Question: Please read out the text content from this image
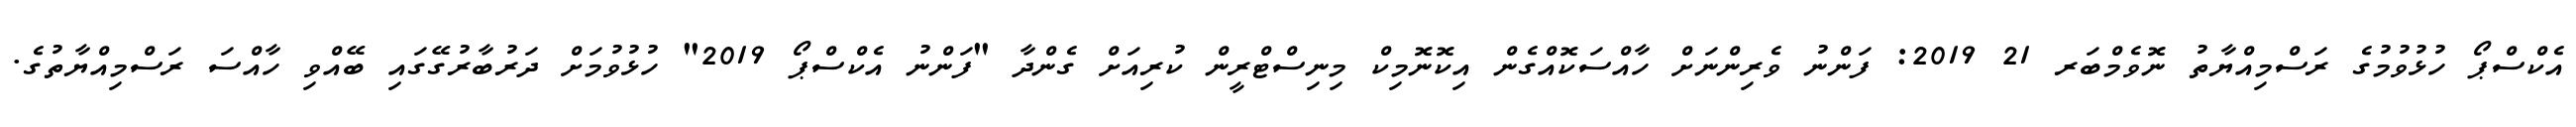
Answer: އެކްސްޕޯ ހުޅުވުމުގެ ރަސްމިއްޔާތު ނޮވެމްބަރ 21 2019: ފަންނު ވެރިންނަށް ހާއްސަކޮއްގެން އިކޮނޮމިކް މިނިސްޓްރީން ކުރިއަށް ގެންދާ "ފަންނު އެކްސްޕޯ 2019" ހުޅުވުމަށް ދަރުބާރުގޭގައި ބޭއްވި ހާއްސަ ރަސްމިއްޔާތުގެ.